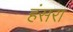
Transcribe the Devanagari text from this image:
हंसरा